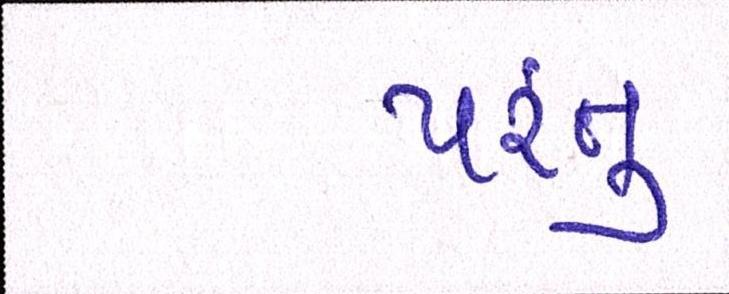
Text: પંરતુ